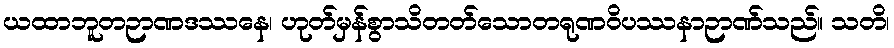
ယထာဘူတဉာဏဒဿနေ၊ ဟုတ်မှန်စွာသိတတ်သောတရုဏဝိပဿနာဉာဏ်သည်။ သတိ၊